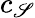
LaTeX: c_{\mathscr{S}}